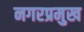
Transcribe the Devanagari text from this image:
नगरप्रमुख